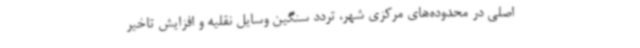
اصلی در محدوده‌های مرکزی شهر، تردد سنگین وسایل نقلیه و افزایش تاخیر